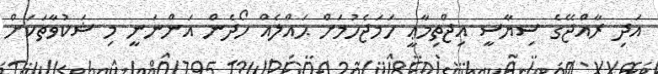
އަދި ރާއްޖޭގެ ސިޔާސީ އިޖްތިމާޢީ ހަމަޖެހުމަށް ޙައްލެއް ހޯދެން އަންނަނީ މި ޝަކުވާތަކަށް